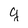
Character: g